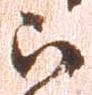
被